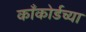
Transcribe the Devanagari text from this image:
काँकोर्डच्या